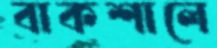
বাকশালে